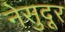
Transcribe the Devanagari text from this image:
नेसुदूर